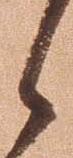
候